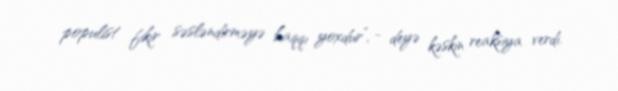
populist fikir səsləndirməyə haqqı yoxdur”, - deyə kəskin reaksiya verdi.